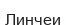
Линчеи